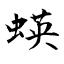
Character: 蝧